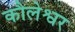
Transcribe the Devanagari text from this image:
कौलेश्वर